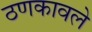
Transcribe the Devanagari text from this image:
ठणकावले